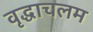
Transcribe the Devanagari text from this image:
वृद्धाचलम